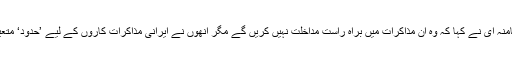
آیت اللہ خامنہ ای نے کہا کہ وہ ان مذاکرات میں براہِ راست مداخلت نہیں کریں گے مگر انھوں نے ایرانی مذاکرات کاروں کے لیے ’حدود‘ متعین کی ہیں۔